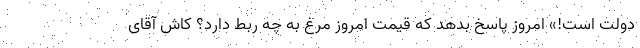
دولت است!» امروز پاسخ بدهد که قیمت امروز مرغ به چه ربط دارد؟ کاش آقای